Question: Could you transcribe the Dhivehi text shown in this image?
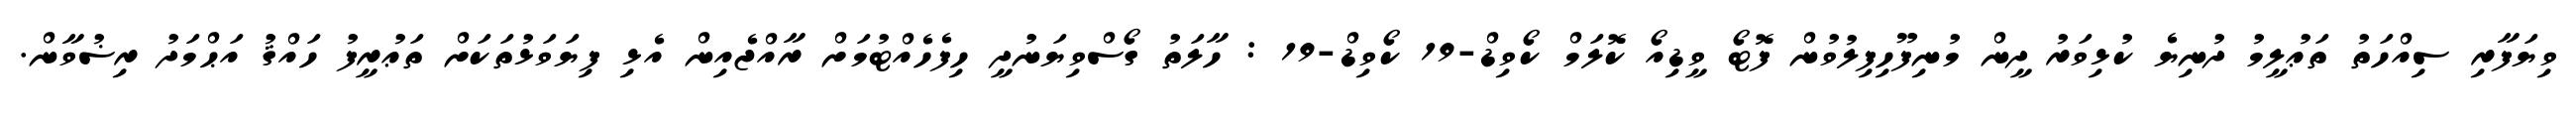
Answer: ވިޔަފާރި ސިއްހަތު ތަޢުލީމު ދުނިޔެ ކުޅިވަރު ދީން މުނިފޫހިފިލުވުން ފޮޓޯ ވީޑިއޯ ކޮލަމް ކޯވިޑް-19 ކޯވިޑް-19 : ހާލަތު ގޯސްވިޔަނުދީ ހިފެހެއްޓުމަށް ރާއްޖެއިން އެޅި ފިޔަވަޅުތަކަށް ތަޢުރީފު ހައްޤު އަޙްމަދު ރިޟުވާން.